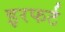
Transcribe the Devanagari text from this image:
इरफर्ट